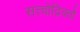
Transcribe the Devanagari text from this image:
सत्त्वोद्रिक्तौ